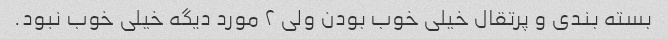
بسته بندی و پرتقال خیلی خوب بودن ولی ۲ مورد دیگه خیلی خوب نبود.